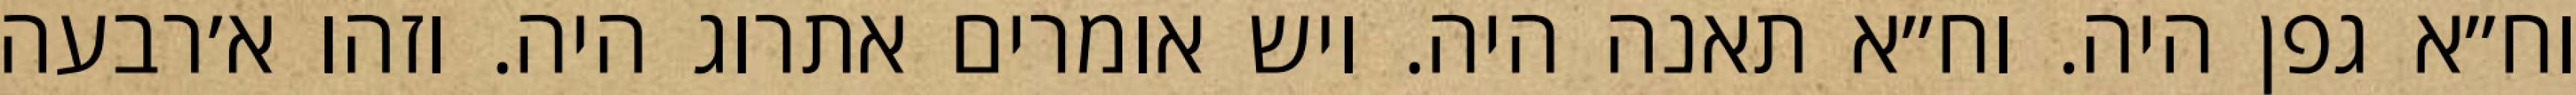
וח״א גפן היה. וח״א תאנה היה. ויש אומרים אתרוג היה. וזהו א׳רבעה